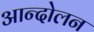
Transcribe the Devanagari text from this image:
आन्दोेलन